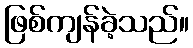
ဖြစ်ကျန်ခဲ့သည်။